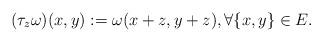
LaTeX: \begin{align*}(\tau_z\omega)(x, y) := \omega(x+z,y+z),\forall \{x, y\} \in E.\end{align*}